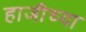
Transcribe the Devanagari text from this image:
हाजीच्या